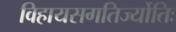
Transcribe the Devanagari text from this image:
विहायसगतिर्ज्योतिः